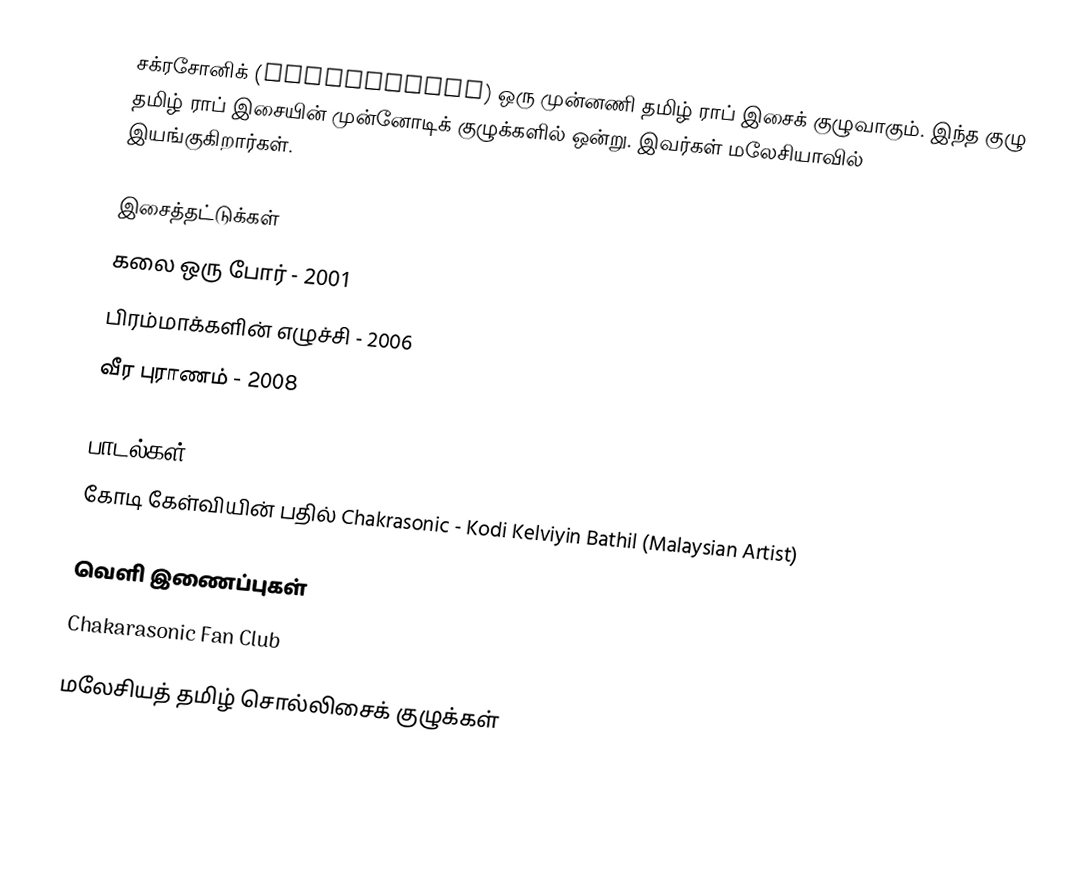
சக்ரசோனிக் (Chakrasonic) ஒரு முன்னணி தமிழ் ராப் இசைக் குழுவாகும்.  இந்த குழு தமிழ் ராப் இசையின் முன்னோடிக் குழுக்களில் ஒன்று.  இவர்கள் மலேசியாவில் இயங்குகிறார்கள்.

இசைத்தட்டுக்கள்
 கலை ஒரு போர் - 2001
 பிரம்மாக்களின் எழுச்சி - 2006
 வீர புராணம் - 2008

பாடல்கள்
 கோடி கேள்வியின் பதில் Chakrasonic - Kodi Kelviyin Bathil (Malaysian Artist)

வெளி இணைப்புகள்
 Chakarasonic Fan Club

மலேசியத் தமிழ் சொல்லிசைக் குழுக்கள்